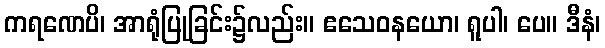
ကရဏေပိ၊ အာရုံပြုခြင်း၌လည်း။ ဧသေဝနယော၊ ရူပါ၊ ပေ။ ဒီနံ၊